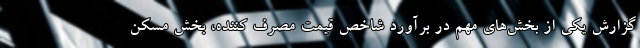
گزارش یکی از بخش‌های مهم در برآورد شاخص قیمت مصرف کننده، بخش مسکن